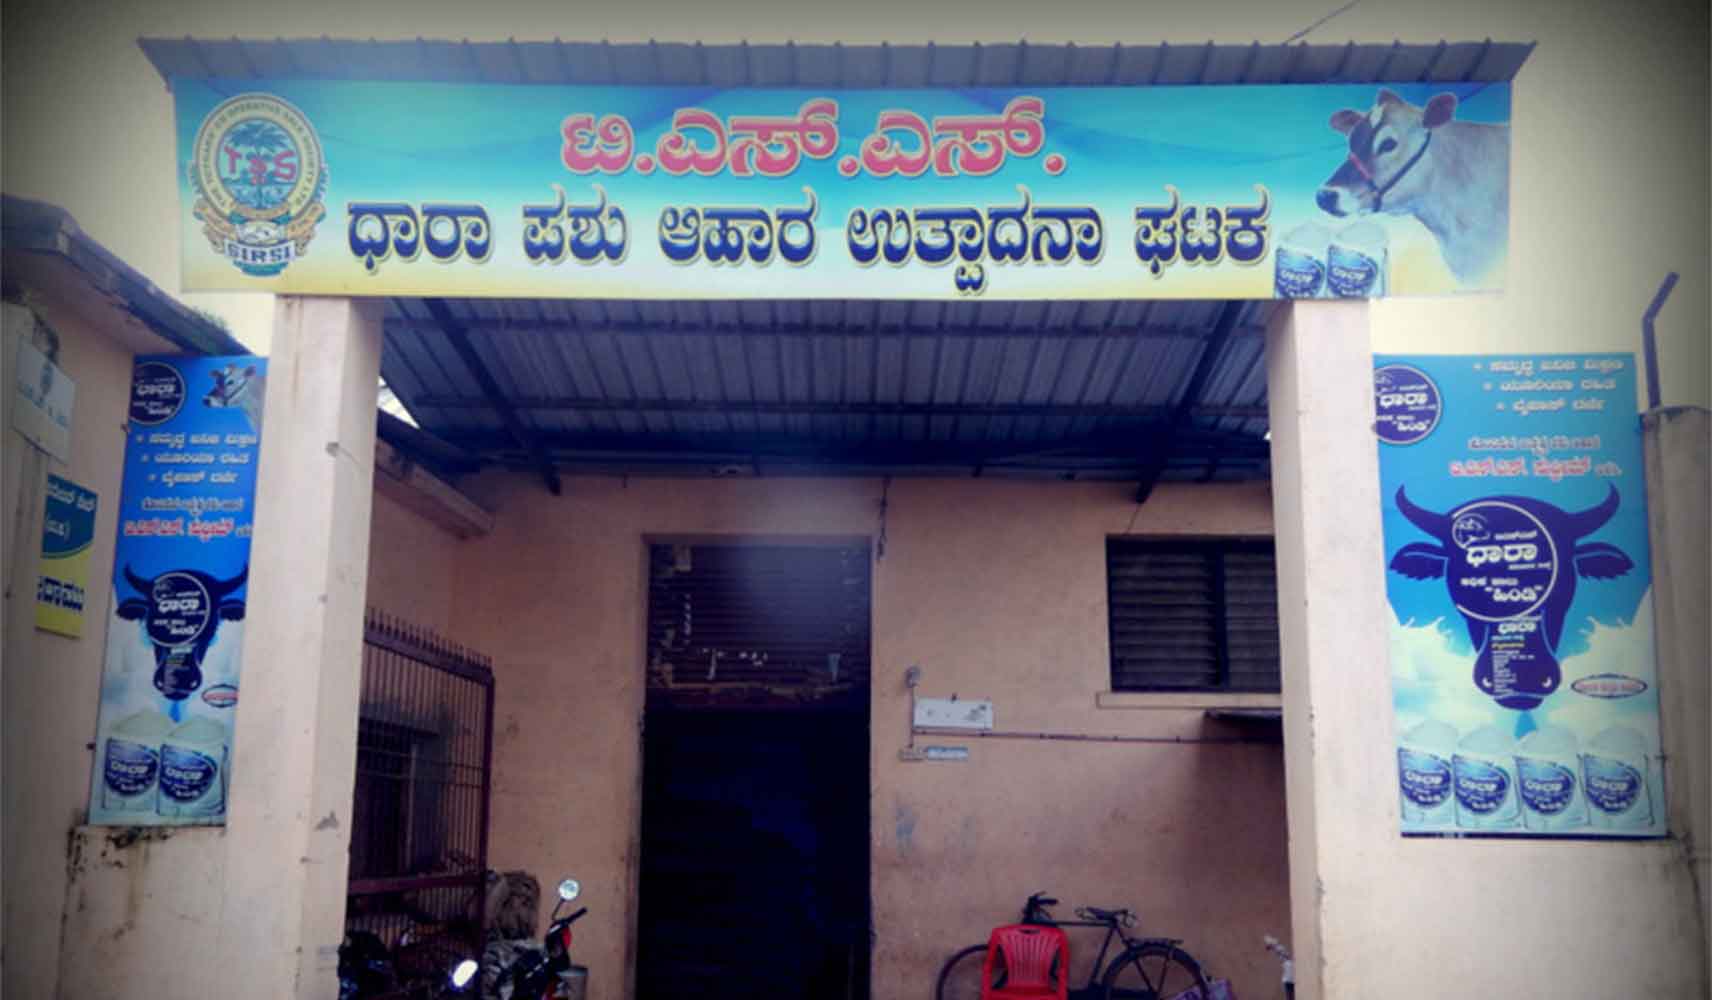
Language: kannada
Transcription: ಪಶು ಆಹಾರ ಉತ್ಪಾದನಾ ಧಾರಾ ಫಟಕ ಎಸ್ ಎಸ್ ಟಿ